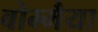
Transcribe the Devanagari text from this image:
बोम्मैया